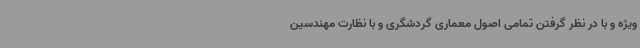
ویژه و با در نظر گرفتن تمامی اصول معماری گردشگری و با نظارت مهندسین